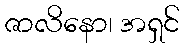
ဇာလိနော၊ အရှင်